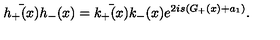
\bar { h _ { + } ( x ) } h _ { - } ( x ) = \bar { k _ { + } ( x ) } k _ { - } ( x ) e ^ { 2 i s ( G _ { + } ( x ) + a _ { 1 } ) } .